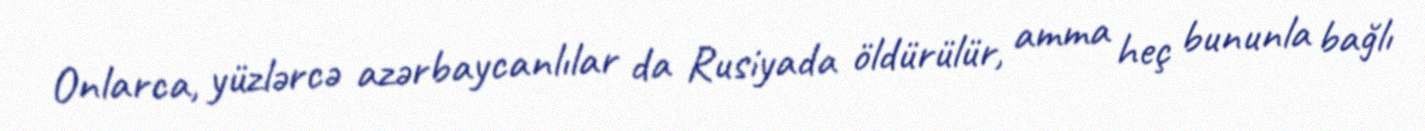
Onlarca, yüzlərcə azərbaycanlılar da Rusiyada öldürülür, amma heç bununla bağlı